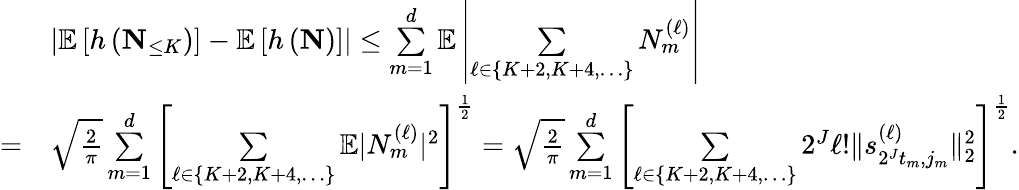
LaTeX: \begin{array}{rl}&{\left|\mathbb{E}\left[h\left(\mathbf{N}_{\leq K}\right)\right]-\mathbb{E}\left[h\left(\mathbf{N}\right)\right]\right|\leq\overset{d}{\underset{m=1}{\sum}}\mathbb{E}\left|\underset{\ell\in\{ K+2,K+4,\ldots\} }{\sum}N_{m}^{(\ell)}\right|}\\ {=}&{\sqrt{\frac{2}{\pi}}\overset{d}{\underset{m=1}{\sum}}\left[\underset{\ell\in\{ K+2,K+4,\ldots\} }{\sum}\mathbb{E}|N_{m}^{(\ell)}|^{2}\right]^{\frac{1}{2}}=\sqrt{\frac{2}{\pi}}\overset{d}{\underset{m=1}{\sum}}\left[\underset{\ell\in\{ K+2,K+4,\ldots\} }{\sum}2^{J}\ell!\| s_{2^{J}t_{m},j_{m}}^{(\ell)}\| _{2}^{2}\right]^{\frac{1}{2}}.}\end{array}